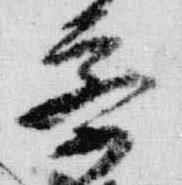
察